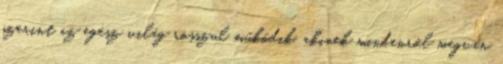
szerint az egész világ rosszul működik, akinek mindenről megvan